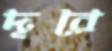
দূরে